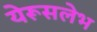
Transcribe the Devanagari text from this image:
येरूसलेभ